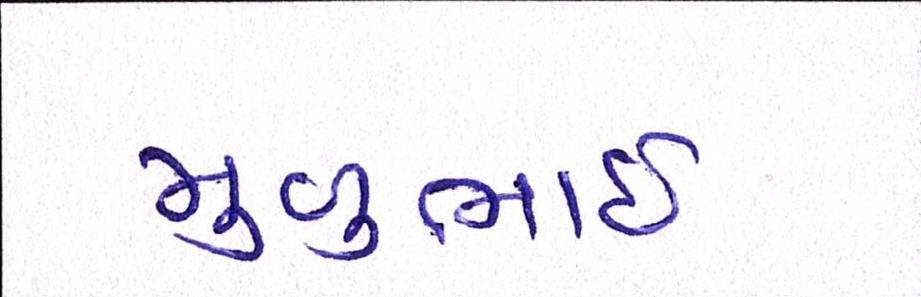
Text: મુળુભાઇ